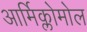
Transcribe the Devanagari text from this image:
आर्मिक्लोमोल